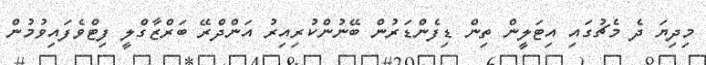
މިދިޔަ ދެ މެޗުގައި އިޓަލީން ތިން ޑިފެންޑަރުން ބޭނުންކުރިއިރު އަންދްރޭ ބަރްޒާގްލީ ފިޓްވެފައިވުމުން